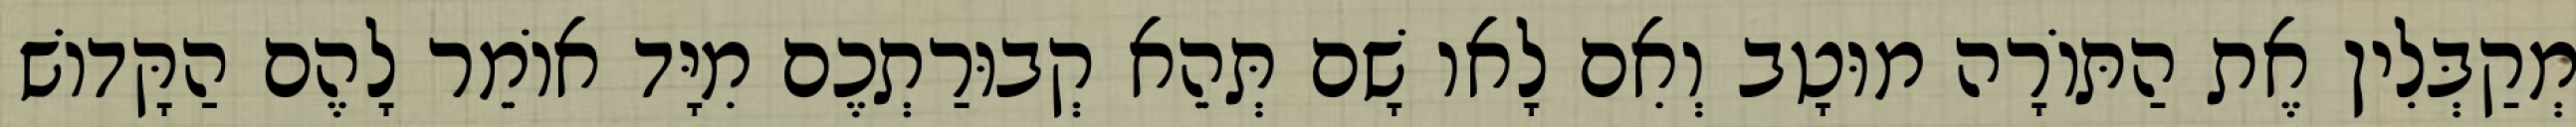
מְקַבְּלִין אֶת הַתּוֹרָה מוּטָב וְאִם לָאו שָׁם תְּהֵא קְבוּרַתְכֶם מִיָּד אוֹמֵר לָהֶם הַקָּדוֹשׁ